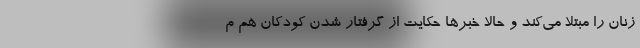
زنان را مبتلا می‌کند و حالا خبرها حکایت از گرفتار شدن کودکان هم م